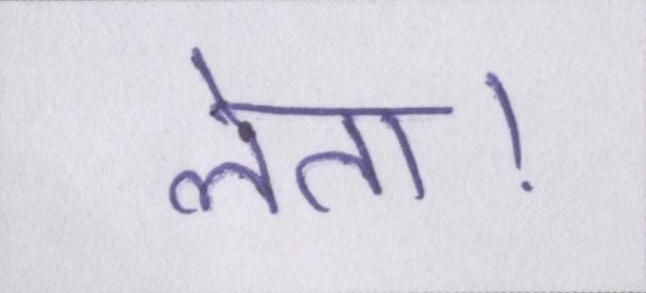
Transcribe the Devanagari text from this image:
लेता।